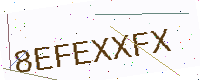
Text: 8EFEXXFX